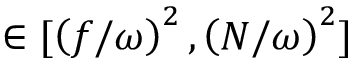
\in [ \left( f / \omega \right) ^ { 2 } , \left( N / \omega \right) ^ { 2 } ]